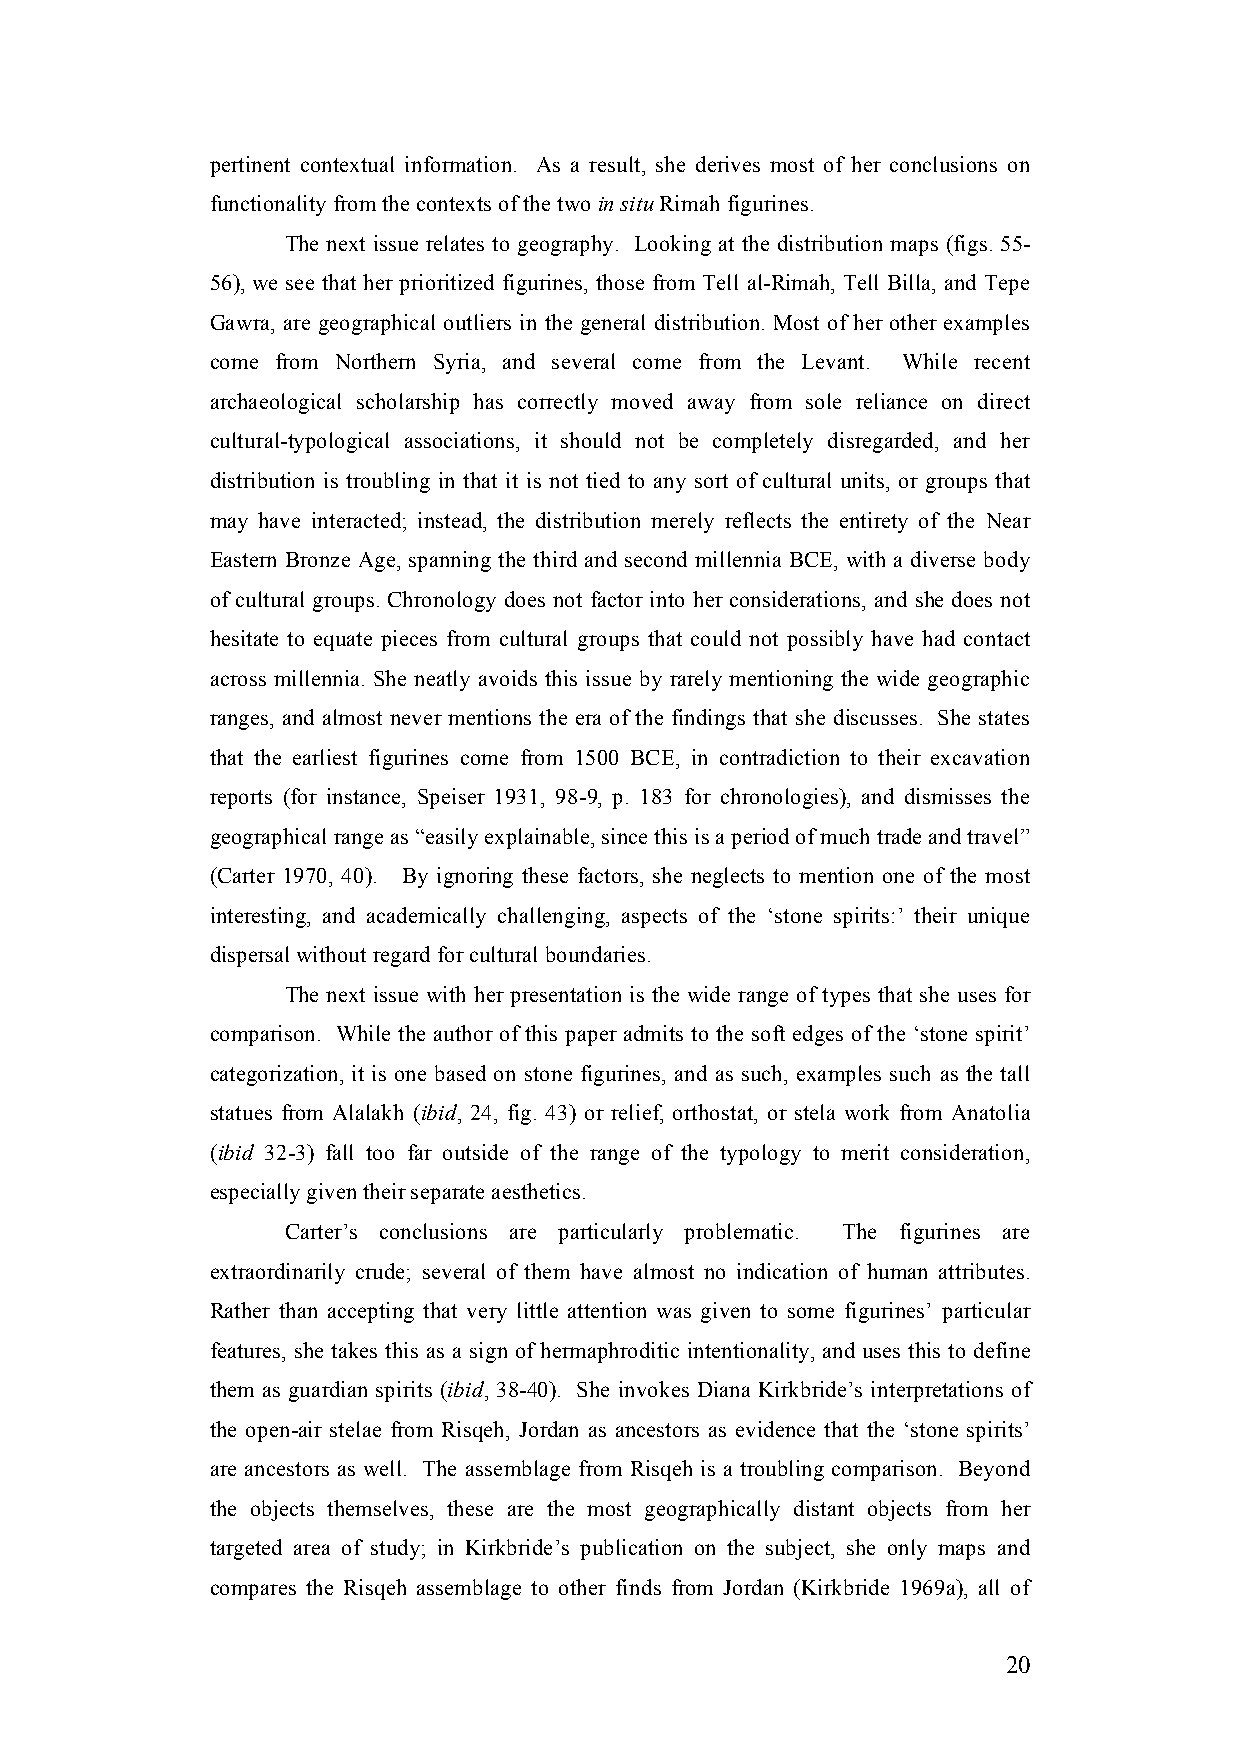
pertinent contextual information. As a result, she derives most of her conclusions on
 functionality from the contexts of the two in situ Rimah figurines.
 The next issue relates to geography. Looking at the distribution maps (figs. 55-
 56), we see that her prioritized figurines, those from Tell al-Rimah, Tell Billa, and Tepe
 Gawra, are geographical outliers in the general distribution. Most of her other examples
 come from Northern Syria, and several come from the Levant. While recent
 archaeological scholarship has correctly moved away from sole reliance on direct
 cultural-typological associations, it should not be completely disregarded, and her
 distribution is troubling in that it is not tied to any sort of cultural units, or groups that
 may have interacted; instead, the distribution merely reflects the entirety of the Near
 Eastern Bronze Age, spanning the third and second millennia BCE, with a diverse body
 of cultural groups. Chronology does not factor into her considerations, and she does not
 hesitate to equate pieces from cultural groups that could not possibly have had contact
 across millennia. She neatly avoids this issue by rarely mentioning the wide geographic
 ranges, and almost never mentions the era of the findings that she discusses. She states
 that the earliest figurines come from 1500 BCE, in contradiction to their excavation
 reports (for instance, Speiser 1931, 98-9, p. 183 for chronologies), and dismisses the
 geographical range as “easily explainable, since this is a period of much trade and travel”
 (Carter 1970, 40). By ignoring these factors, she neglects to mention one of the most
 interesting, and academically challenging, aspects of the ‘stone spirits:’ their unique
 dispersal without regard for cultural boundaries.
 The next issue with her presentation is the wide range of types that she uses for
 comparison. While the author of this paper admits to the soft edges of the ‘stone spirit’
 categorization, it is one based on stone figurines, and as such, examples such as the tall
 statues from Alalakh (ibid, 24, fig. 43) or relief, orthostat, or stela work from Anatolia
 (ibid 32-3) fall too far outside of the range of the typology to merit consideration,
 especially given their separate aesthetics.
 Carter’s conclusions are particularly problematic. The figurines are
 extraordinarily crude; several of them have almost no indication of human attributes.
 Rather than accepting that very little attention was given to some figurines’ particular
 features, she takes this as a sign of hermaphroditic intentionality, and uses this to define
 them as guardian spirits (ibid, 38-40). She invokes Diana Kirkbride’s interpretations of
 the open-air stelae from Risqeh, Jordan as ancestors as evidence that the ‘stone spirits’
 are ancestors as well. The assemblage from Risqeh is a troubling comparison. Beyond
 the objects themselves, these are the most geographically distant objects from her
 targeted area of study; in Kirkbride’s publication on the subject, she only maps and
 compares the Risqeh assemblage to other finds from Jordan (Kirkbride 1969a), all of
 20